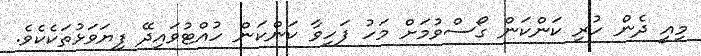
މިއީ ދެން ހުރި ކަންކަން ގޯސްވުމަށް މަހު ފަހިވާ ކަންކަން ހުއްޓުވައިދޭ ފިޔަވަޅުތަކެކެވެ.